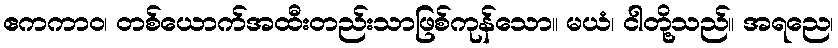
ဧကကာဝ၊ တစ်ယောက်အထီးတည်းသာဖြစ်ကုန်သော။ မယံ၊ ငါတို့သည်။ အရညေ၊